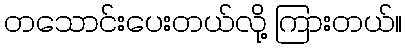
တသောင်းပေးတယ်လို့ ကြားတယ်။